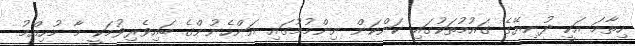
ހިތާމަ އަކީ ދުނިޔޭގެ ގައުމުތަކުގައި ކަންކަން ނިންމުމުގައި އަންހެނުންގެ ބައިވެރިވުމަކީ މާ މުހިއްމު